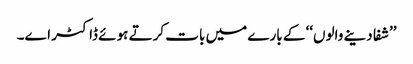
’’شفا دینے والوں‘‘ کے بارے میں بات کرتے ہوئے ڈاکٹر اے۔